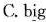
C.b\underline{i}g